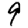
Digit: 9